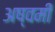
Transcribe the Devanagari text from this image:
अष्वमी